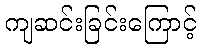
ကျဆင်းခြင်းကြောင့်